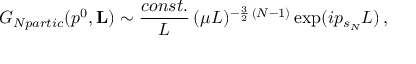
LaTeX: G _ { N p a r t i c } ( p ^ { 0 } , { \bf L } ) \sim \frac { c o n s t . } { L } \, ( \mu L ) ^ { - \frac { 3 } { 2 } \, ( N - 1 ) } \exp ( i p _ { s _ { \SS N } } L ) \, ,